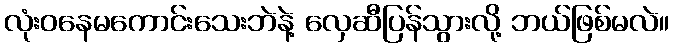
လုံးဝနေမကောင်းသေးဘဲနဲ့ လှေဆီပြန်သွားလို့ ဘယ်ဖြစ်မလဲ။